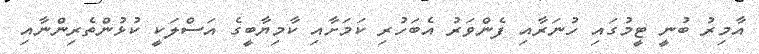
އާމިރު ބުނީ ޓީމުގައި ހުނަރާއި ފެންވަރު އެބަހުރި ކަމަށާއި ކާމިޔާބީގެ އަސްލަކީ ކުޅުންތެރިންނާއި